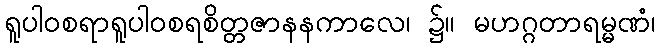
ရူပါဝစရာရူပါဝစရစိတ္တဇာနနကာလေ၊ ၌။ မဟဂ္ဂတာရမ္မဏံ၊